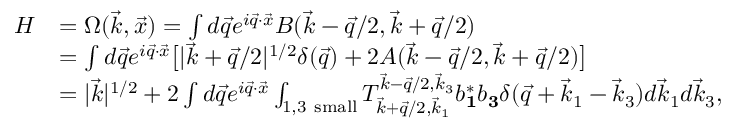
\begin{array} { r l } { H } & { = \Omega ( \vec { k } , \vec { x } ) = \int d \vec { q } e ^ { i \vec { q } \cdot \vec { x } } B ( \vec { k } - \vec { q } / 2 , \vec { k } + \vec { q } / 2 ) } \\ & { = \int d \vec { q } e ^ { i \vec { q } \cdot \vec { x } } \big [ | \vec { k } + \vec { q } / 2 | ^ { 1 / 2 } \delta ( \vec { q } ) + 2 A ( \vec { k } - \vec { q } / 2 , \vec { k } + \vec { q } / 2 ) \big ] } \\ & { = | \vec { k } | ^ { 1 / 2 } + 2 \int d \vec { q } e ^ { i \vec { q } \cdot \vec { x } } \int _ { 1 , 3 \mathrm { ~ s m a l l } } T _ { \vec { k } + \vec { q } / 2 , \vec { k } _ { 1 } } ^ { \vec { k } - \vec { q } / 2 , \vec { k } _ { 3 } } b _ { \mathbf 1 } ^ { * } b _ { \mathbf 3 } \delta ( \vec { q } + \vec { k } _ { 1 } - \vec { k } _ { 3 } ) d \vec { k } _ { 1 } d \vec { k } _ { 3 } , } \end{array}